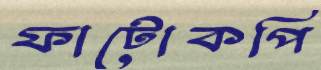
ফাটোকপি